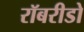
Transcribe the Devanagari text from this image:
रॉबरीडो